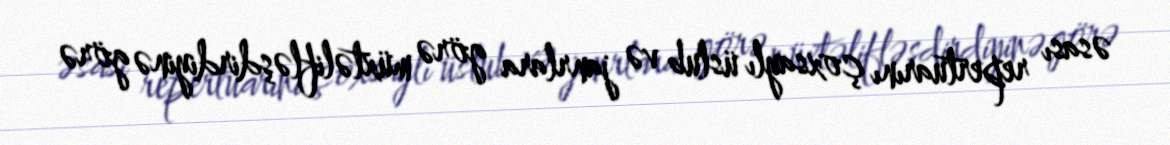
əsası repertuarını çoxsaylı üslub və janrlara görə müxtəlifləşdirdiyinə görə